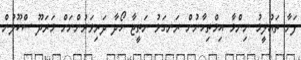
ފަށާ ތައުލީމު ނިންމާ އިމްތިހާނުން ރަނގަޅު ނަތީޖާ ހޯދާ ދަރިވަރުންނަށް މަރަދޫ ސްކޫލުން